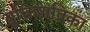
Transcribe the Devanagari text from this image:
युक्तिशतिका